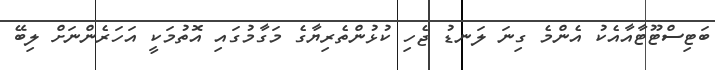
ބަޓިސްޓޫޓާއާއެކު އެންމެ ގިނަ ލަނޑު ޖެހި ކުޅުންތެރިޔާގެ މަގާމުގައި އޮތުމަކީ އަހަރެންނަށް ލިބޭ